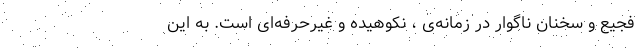
فجیع و سخنان ناگوار در زمانه‌ی ، نکوهیده و غیرحرفه‌ای است. به این